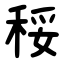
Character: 䅑